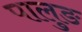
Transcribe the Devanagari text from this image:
पालुङ